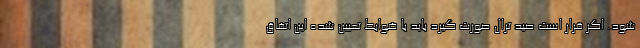
شود. اگر قرار است صید ترال صورت گیرد باید با ضوابط تعیین شده این اتفاق